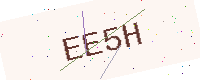
Text: EE5H